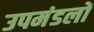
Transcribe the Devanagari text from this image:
उपमंडलों